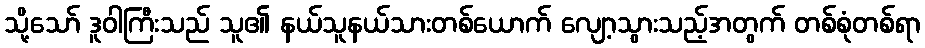
သို့သော် ဒူဝါကြီးသည် သူ၏ နယ်သူနယ်သားတစ်ယောက် လျော့သွားသည့်အတွက် တစ်စုံတစ်ရာ